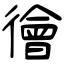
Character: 徻